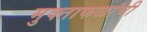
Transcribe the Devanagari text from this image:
मुक्ताफळांची